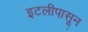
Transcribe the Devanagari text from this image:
इटलीपासून